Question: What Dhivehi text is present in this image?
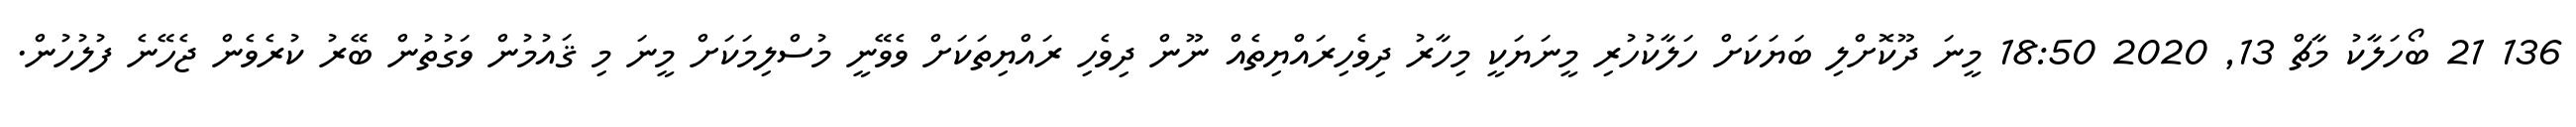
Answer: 136 21 ބޯހަލާކު މާޗް 13, 2020 18:50 މީނަ ދޫކޮށްލި ބަޔަކަށް ހަލާކުހުރި މީނަޔަކީ މިހާރު ދިވެހިރައްޔިތެއް ނޫން ދިވެހި ރައްޔިތަކަށް ވެވޭނީ މުސްލިމަކަށް މީނަ މި ޤައުމުން ވަގުތުން ބޭރު ކުރެވެން ޖެހޭނެ ފުލުހުން.